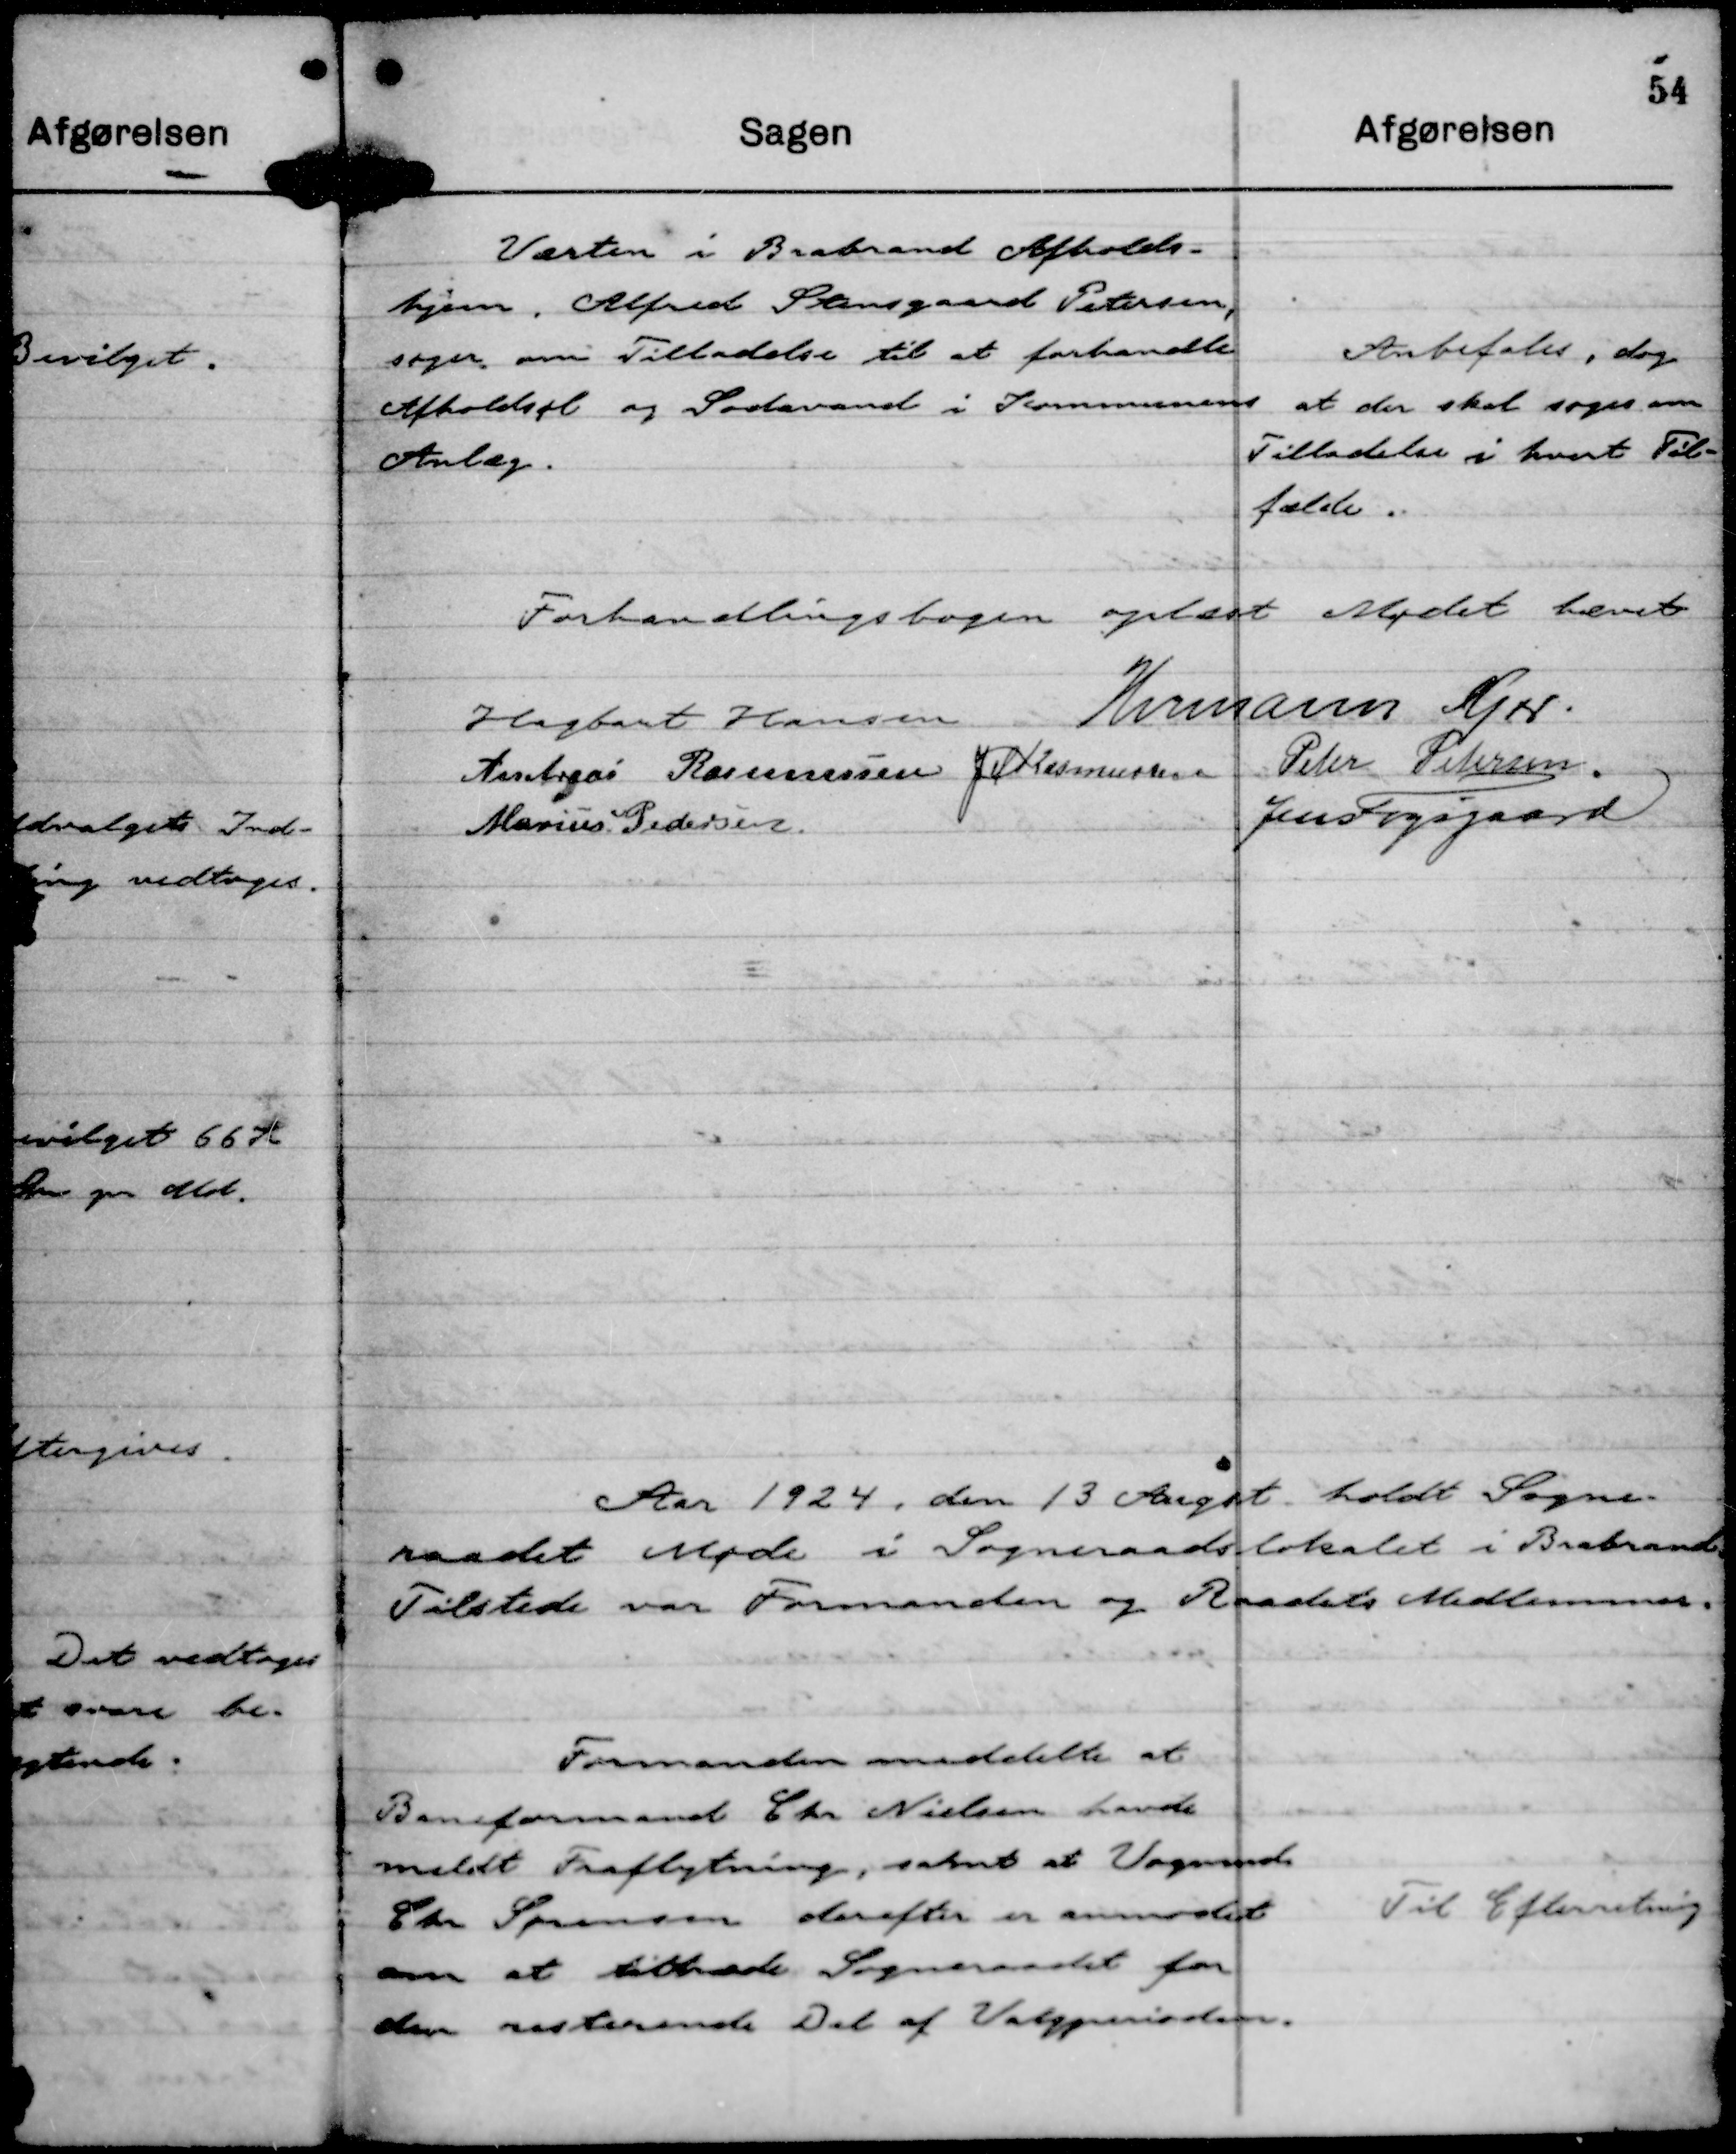
Transskription:
Værten i Brabrand Afholds-
hjem, Alfred Stensgaard Petersen,
søger om Tilladelse til at forhandle
Afholdsøl og Sodavand i Kommunens
Anlæg.

Anbefales, dog
at der skal søges om
Tilladelse i hvert Til-
fælde.

Forhandlingsbogen oplæst Mødet hævet
Hagbart Hansen
Hermann Kjær.
Andreas Rasmussen
J M Rasmussen
Peter Petersen.
Marius Pedersen
Jens Fogsgaard

Aar 1924, den 13 Augst. holdt Sogne-
raadet Møde i Sogneraadslokalet i Brabrand.
Tilstede var Formanden og Raadets Medlemmer.

Formanden meddelte at
Baneformand Chr Nielsen havde
meldt Fraflytning, samt at Vognmds
Chr Sørensen derefter er anmodet
om at tiltræde Sogneraadet for
den resterende Del af Valgperioden.

Til Efterretning